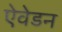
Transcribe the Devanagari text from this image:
ऐवेडन